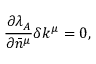
{ } \frac { \partial \lambda _ { A } } { \partial \bar { n } ^ { \mu } } \delta k ^ { \mu } = 0 ,